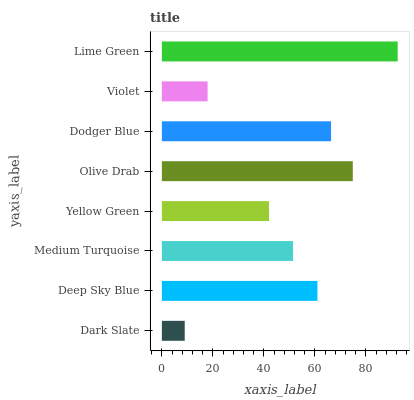
| yaxis_label | bars |
 | --- | --- |
 | Dark Slate | 8.96 |
 | Deep Sky Blue | 61 |
 | Medium Turquoise | 51.4 |
 | Yellow Green | 42 |
 | Olive Drab | 74.9 |
 | Dodger Blue | 66.4 |
 | Violet | 17.9 |
 | Lime Green | 92.5 |